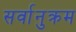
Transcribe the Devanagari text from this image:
सर्वानुक्रम